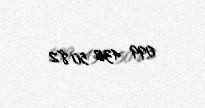
099 432 50 82